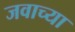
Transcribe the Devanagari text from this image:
जवाच्या